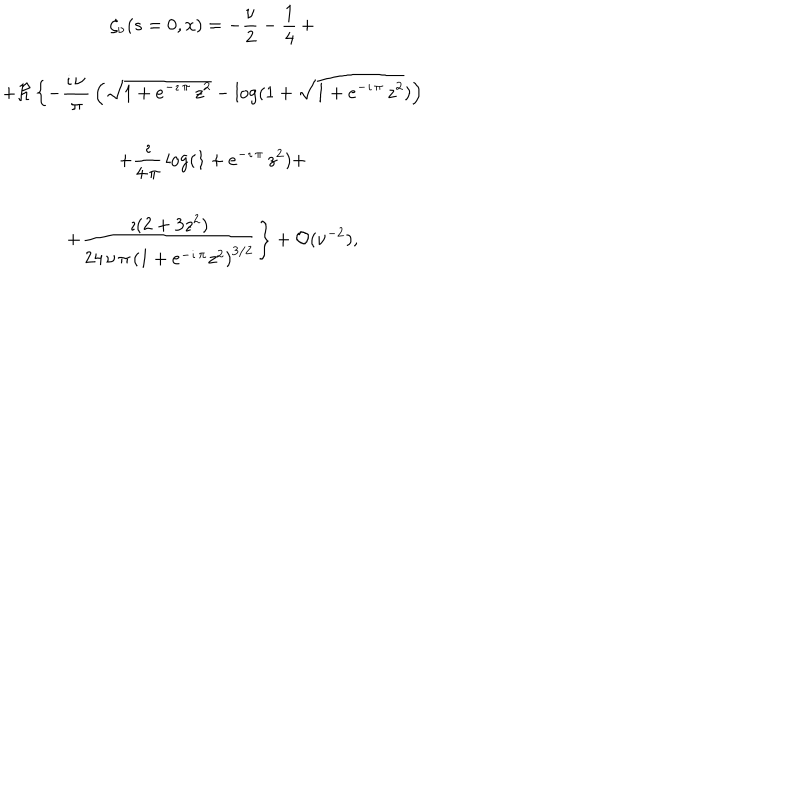
\begin{array} { c } { { \zeta _ { \nu } ( s = 0 , x ) = \displaystyle { { - { \frac { \nu } { 2 } } - \frac { 1 } { 4 } } \, + } } } \\ { { \displaystyle { + \Re \left\{ - { \frac { \imath \, \nu \, } { \pi } } \left( { \sqrt { 1 + { e ^ { - \imath \, \pi } } \, { z ^ { 2 } } } } - \log ( 1 + { \sqrt { 1 + { e ^ { - \imath \, \pi } } \, { z ^ { 2 } } } } ) \right) \right. } } } \\ { { \displaystyle { \left. + { \frac { \imath } { 4 \, \pi } } \log ( 1 + { e ^ { - \imath \, \pi } } \, { z ^ { 2 } } ) + \right. } } } \\ { { \displaystyle { \left. + { \frac { \imath ( 2 + 3 z ^ { 2 } ) } { 2 4 \, \nu \, \pi \, { { \left( 1 + { e ^ { - \imath \, \pi } } { z ^ { 2 } } \right) } ^ { 3 / 2 } } } } \right\} + { \cal O } ( \nu ^ { - 2 } ) } , } } \\ \end{array}